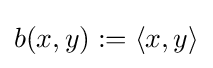
b(x,y):=\langle x,y\rangle